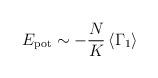
LaTeX: \begin{align*}E_{\mathrm{pot}} \sim -\frac{N}{K} \left< \Gamma_1 \right>\end{align*}